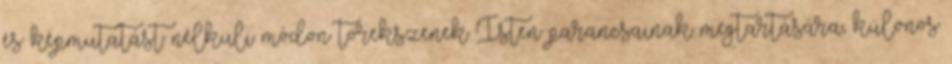
és képmutatást nélküli módon törekszenek Isten parancsainak megtartására, különös